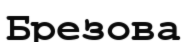
Брезова